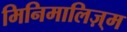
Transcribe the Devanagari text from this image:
मिनिमालिज़्म